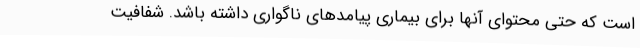
است که حتی محتوای آنها برای بیماری پیامدهای ناگواری داشته باشد. شفافیت